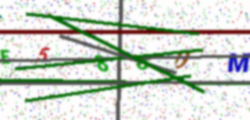
Text: E58UDM